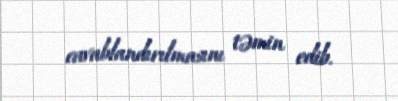
cavablandırılmasını təmin edib.